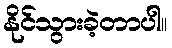
နိုင်သွားခဲ့တာပါ။